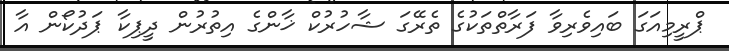
ޕްރީމިއަގަ ބައިވެރިވާ ފަރާތްތަކުގެ ތެރޭގަ ޝާހުރުކް ޚާންގެ އިތުރުން ދީޕިކާ ޕަދުކޯން އާ